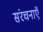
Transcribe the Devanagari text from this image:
संरचनाऍ